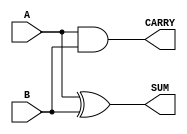
module half_adder #(
    parameter WIDTH = 1 // Parameter for bit-width of inputs and outputs
) (
    input  [WIDTH-1:0] A,      // Input A
    input  [WIDTH-1:0] B,      // Input B
    output [WIDTH-1:0] SUM,     // Output SUM
    output CARRY               // Output CARRY (1-bit)
);

// Logic for SUM and CARRY
assign SUM = A ^ B;           // SUM is the XOR of A and B
assign CARRY = A & B;         // CARRY is the AND of A and B

endmodule